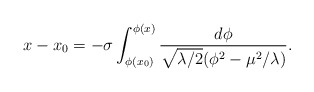
\begin{align*}x-x_{0}=-\sigma \int _{\phi (x_{0})}^{\phi (x)}\frac{d\phi }{\sqrt{\lambda /2}(\phi ^{2}-\mu ^{2}/\lambda )}.\end{align*}